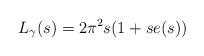
LaTeX: \begin{align*}L_\gamma(s)=2\pi^{2}s(1+se(s))\end{align*}